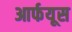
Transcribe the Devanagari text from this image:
आर्फयूस